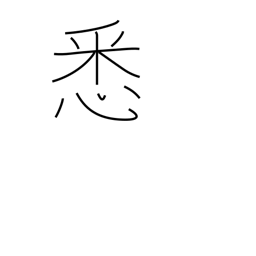
Meaning: completely